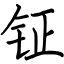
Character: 钲